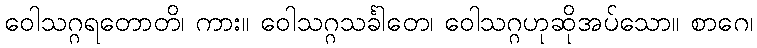
ဝေါသဂ္ဂရတောတိ၊ ကား။ ဝေါသဂ္ဂသင်္ခါတေ၊ ဝေါသဂ္ဂဟုဆိုအပ်သော။ စာဂေ၊